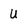
Character: U